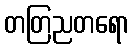
တတြညတရော